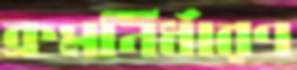
ক্রমনির্ধারণ